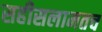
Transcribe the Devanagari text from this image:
सहीसलामतच